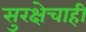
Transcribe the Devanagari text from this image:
सुरक्षेचाही